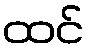
ထင်